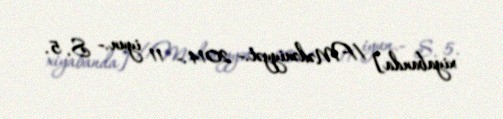
xiyabanda] //Mədəniyyət.- 2014.- 11 iyun.- S. 5.